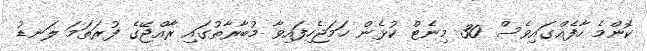
ކޮންމެ ހާފެއްގައިވެސް 30 މިނެޓް ކުޅެން ހަމަޖެހިފައިވާ މުބާރާތުގައި ރާއްޖޭގެ ފުރަތަމަ ލަނޑު